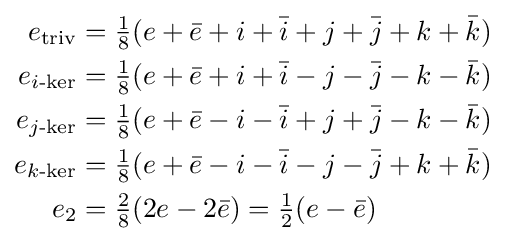
{\begin{aligned}e_{\text{triv}}&={\tfrac {1}{8}}(e+{\bar {e}}+i+{\bar {i}}+j+{\bar {j}}+k+{\bar {k}})\\e_{i{\text{-ker}}}&={\tfrac {1}{8}}(e+{\bar {e}}+i+{\bar {i}}-j-{\bar {j}}-k-{\bar {k}})\\e_{j{\text{-ker}}}&={\tfrac {1}{8}}(e+{\bar {e}}-i-{\bar {i}}+j+{\bar {j}}-k-{\bar {k}})\\e_{k{\text{-ker}}}&={\tfrac {1}{8}}(e+{\bar {e}}-i-{\bar {i}}-j-{\bar {j}}+k+{\bar {k}})\\e_{2}&={\tfrac {2}{8}}(2e-2{\bar {e}})={\tfrac {1}{2}}(e-{\bar {e}})\end{aligned}}